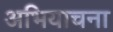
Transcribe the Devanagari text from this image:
अभियाचना